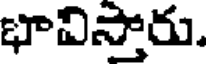
భావిస్తారు.